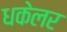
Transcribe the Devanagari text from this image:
धकेलर